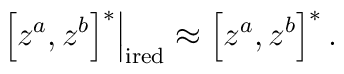
\left. \left[ z^{a},z^{b}\right] ^{*}\right| _{{\rm ired}}\approx \left[z^{a},z^{b}\right] ^{*}.